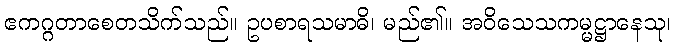
ဧကဂ္ဂတာစေတသိက်သည်။ ဥပစာရသမာဓိ၊ မည်၏။ အဝိသေသကမ္မဋ္ဌာနေသု၊